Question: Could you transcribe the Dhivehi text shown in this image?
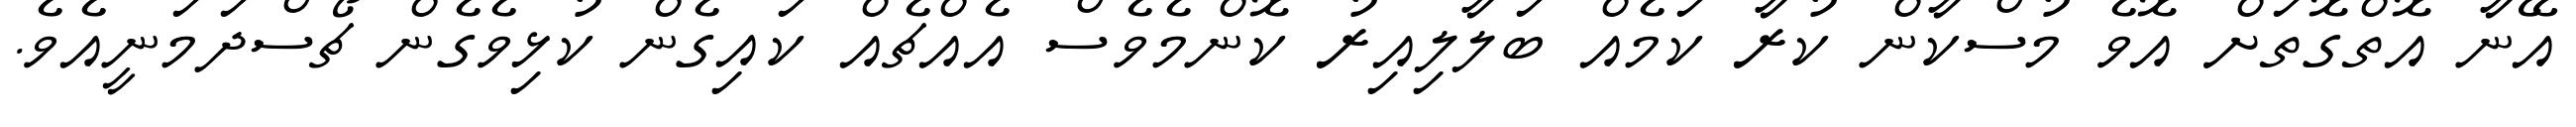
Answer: އޭނާ އޮތްގޮތަށް އޮވެ މުސްކާން ކުރާ ކަމެއް ބަލާލިއިރު ކޮންމެވެސް އެއްޗެއް ކައިގެން ކުޅިވެގެން ޗޯސްދަމަނީއެވެ.